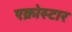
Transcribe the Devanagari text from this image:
एक्रोस्टार